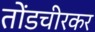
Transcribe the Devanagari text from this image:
तोंडचीरकर